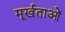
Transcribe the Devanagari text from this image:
मूर्खताओं